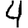
Digit: 4